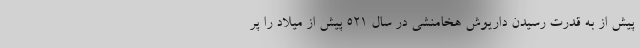
پیش از به قدرت رسیدن داریوش هخامنشی در سال ۵۲۱ پیش از میلاد را پر